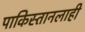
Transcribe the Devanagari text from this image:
पाकिस्तानलाही